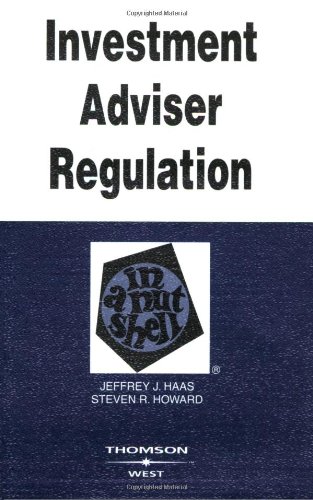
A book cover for Investment Adviser Regulation in a Nutshell; Jeffrey Haas; Law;